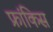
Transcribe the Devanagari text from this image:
फ्रांकिस